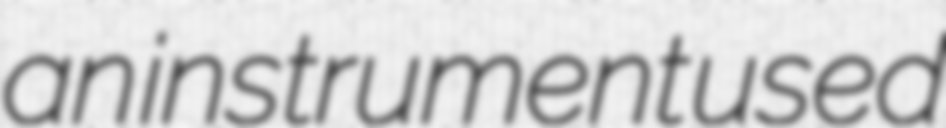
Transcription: an instrument used